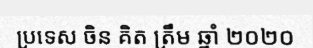
ប្រទេស ចិន គិត ត្រឹម ឆ្នាំ ២០២០